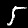
Digit: 5